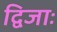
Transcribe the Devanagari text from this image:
द्विजाः